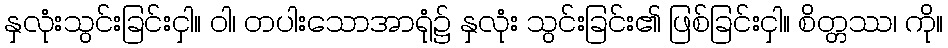
နှလုံးသွင်းခြင်းငှါ။ ဝါ၊ တပါးသောအာရုံ၌ နှလုံး သွင်းခြင်း၏ ဖြစ်ခြင်းငှါ။ စိတ္တဿ၊ ကို။